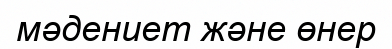
мәдениет және өнер